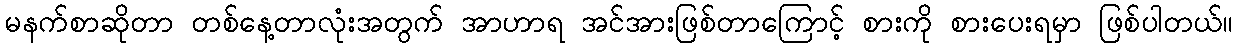
မနက်စာဆိုတာ တစ်နေ့တာလုံးအတွက် အာဟာရ အင်အားဖြစ်တာကြောင့် စားကို စားပေးရမှာ ဖြစ်ပါတယ်။